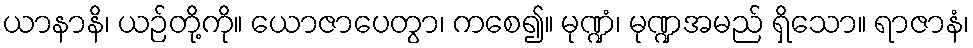
ယာနာနိ၊ ယဉ်တို့ကို။ ယောဇာပေတွာ၊ ကစေ၍။ မုဏ္ဍံ၊ မုဏ္ဍအမည် ရှိသော။ ရာဇာနံ၊